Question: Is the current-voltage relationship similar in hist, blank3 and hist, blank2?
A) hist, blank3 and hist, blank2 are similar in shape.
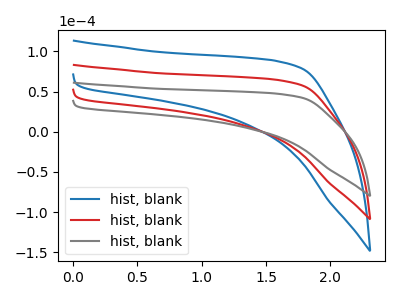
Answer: <think>The blue curve "hist, blank1" has no peaks. The red curve "hist, blank2" has no peaks. The gray curve "hist, blank3" has no peaks.
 Neither "hist, blank3" or "hist, blank2" have any peaks.</think>
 <answer>A) "hist, blank3" and "hist, blank2" are similar in shape.</answer>
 <eval>A</eval>